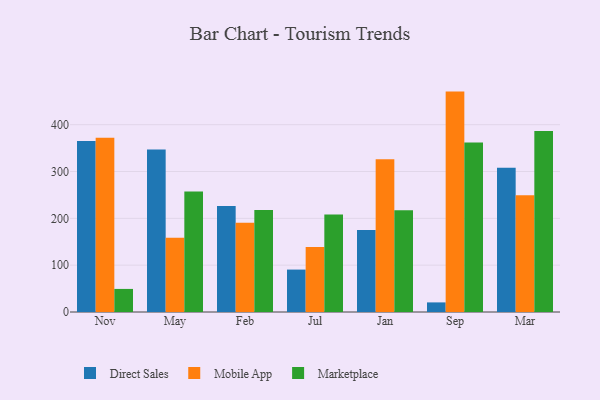
{"axis": {"x": "Month", "y": "Waste Production (Tons)"}, "legend": ["Direct Sales", "Marketplace", "Mobile App"], "data": [{"x": "Nov", "y": 365.1, "type": "Direct Sales"}, {"x": "Nov", "y": 372.0, "type": "Mobile App"}, {"x": "Nov", "y": 49.3, "type": "Marketplace"}, {"x": "May", "y": 347.3, "type": "Direct Sales"}, {"x": "May", "y": 158.8, "type": "Mobile App"}, {"x": "May", "y": 257.4, "type": "Marketplace"}, {"x": "Feb", "y": 226.5, "type": "Direct Sales"}, {"x": "Feb", "y": 190.8, "type": "Mobile App"}, {"x": "Feb", "y": 218.0, "type": "Marketplace"}, {"x": "Jul", "y": 90.6, "type": "Direct Sales"}, {"x": "Jul", "y": 138.8, "type": "Mobile App"}, {"x": "Jul", "y": 208.0, "type": "Marketplace"}, {"x": "Jan", "y": 175.0, "type": "Direct Sales"}, {"x": "Jan", "y": 326.4, "type": "Mobile App"}, {"x": "Jan", "y": 217.5, "type": "Marketplace"}, {"x": "Sep", "y": 20.5, "type": "Direct Sales"}, {"x": "Sep", "y": 470.7, "type": "Mobile App"}, {"x": "Sep", "y": 361.9, "type": "Marketplace"}, {"x": "Mar", "y": 308.3, "type": "Direct Sales"}, {"x": "Mar", "y": 249.5, "type": "Mobile App"}, {"x": "Mar", "y": 386.4, "type": "Marketplace"}]}